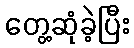
တွေ့ဆုံခဲ့ပြီး